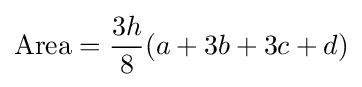
{\text{Area}}={\frac {3h}{8}}(a+3b+3c+d)